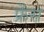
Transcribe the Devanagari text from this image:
फ्रेंस